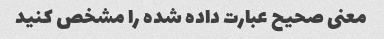
معنی صحیح عبارت داده شده را مشخص کنید